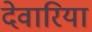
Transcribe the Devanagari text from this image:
देवारिया